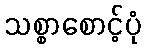
သစ္စာစောင့်ပုံ